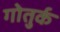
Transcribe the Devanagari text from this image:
गोतुर्क